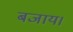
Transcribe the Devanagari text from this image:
बजाय।